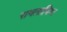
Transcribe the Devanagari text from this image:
रामतापिण